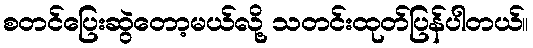
စတင်ပြေးဆွဲတော့မယ်လို့ သတင်းထုတ်ပြန်ပါတယ်။